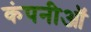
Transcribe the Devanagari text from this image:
कंपनीऑ